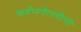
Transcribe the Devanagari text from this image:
सर्वजनाेपयाेगी